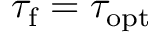
\tau _ { \mathrm { f } } = \tau _ { \mathrm { o p t } }